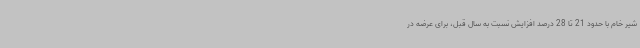
شیر خام با حدود 21 تا 28 درصد افزایش نسبت به سال قبل، برای عرضه در